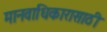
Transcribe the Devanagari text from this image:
मानवाधिकारासाठी